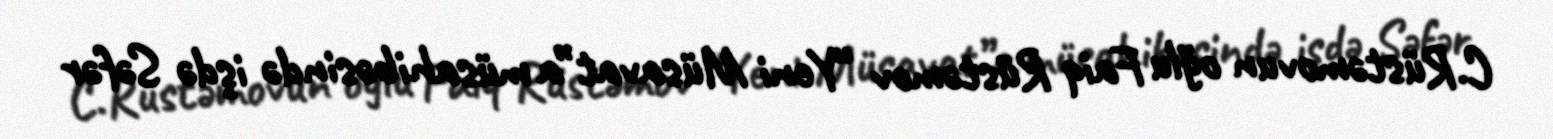
C.Rüstəmovun oğlu Faiq Rüstəmov “Yeni Müsavat”a müsahibəsində işdə Səfər